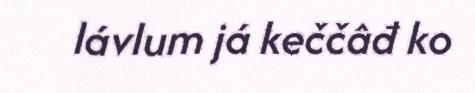
lávlum já keččâđ ko